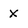
Character: X